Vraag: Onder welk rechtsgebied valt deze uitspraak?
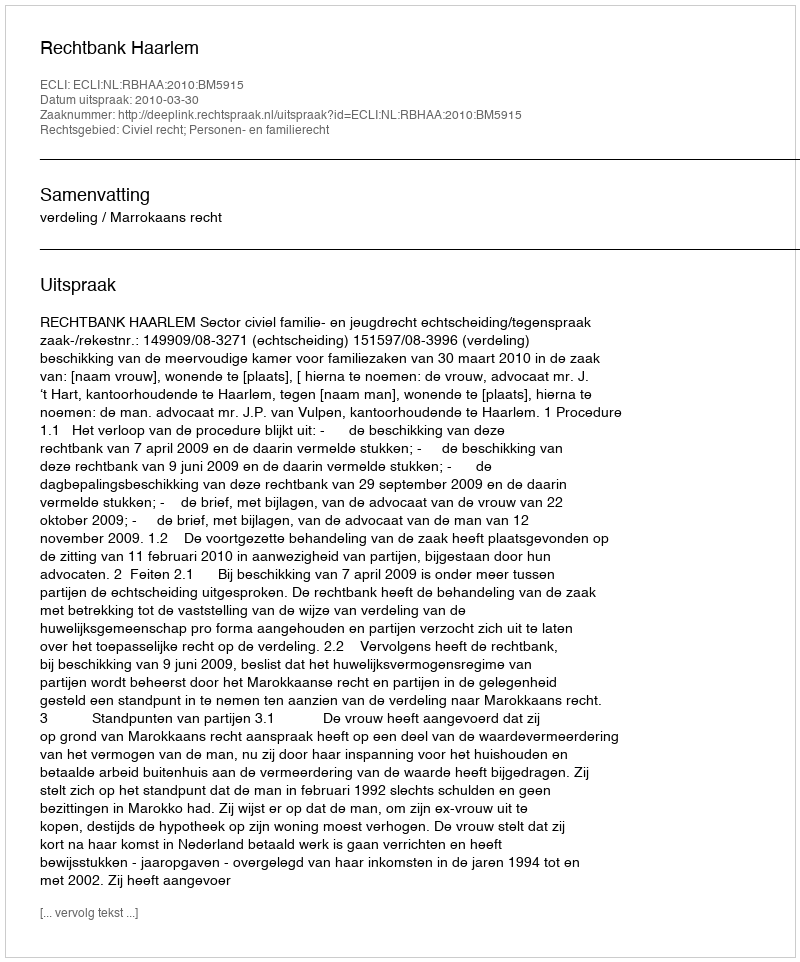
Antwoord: Civiel recht; Personen- en familierecht